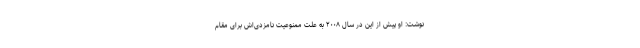
نوشت: او پیش از این در سال ۲۰۰۸ به علت ممنوعیت نامزدی‌اش برای مقام